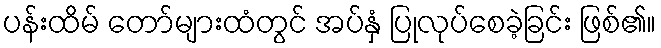
ပန်းထိမ် တော်များထံတွင် အပ်နှံ ပြုလုပ်စေခဲ့ခြင်း ဖြစ်၏။